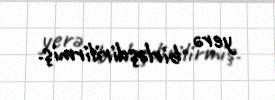
yerə birləşdirilirmiş.